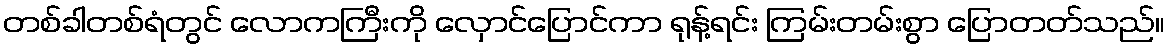
တစ်ခါတစ်ရံတွင် လောကကြီးကို လှောင်ပြောင်ကာ ရုန့်ရင်း ကြမ်းတမ်းစွာ ပြောတတ်သည်။